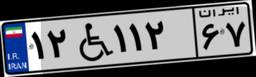
۱۲W۱۱۲۶۷